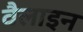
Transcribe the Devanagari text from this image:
वैलाइन